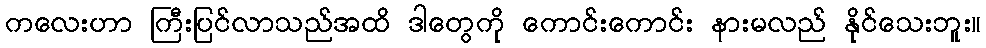
ကလေးဟာ ကြီးပြင်လာသည်အထိ ဒါတွေကို ကောင်းကောင်း နားမလည် နိုင်သေးဘူး။